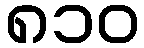
၈၁၀